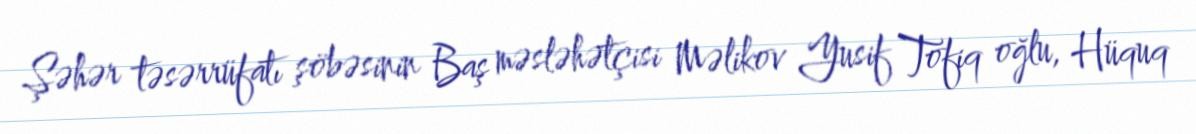
Şəhər təsərrüfatı şöbəsinin Baş məsləhətçisi Məlikov Yusif Tofiq oğlu, Hüquq